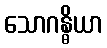
သောဂန္ဓိယာ